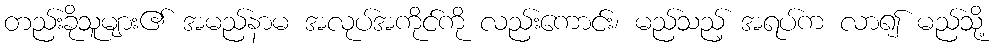
တည်းခိုသူများ၏ အမည်နာမ အလုပ်အကိုင်ကို လည်းကောင်း၊ မည်သည့် အရပ်က လာ၍ မည်သို့